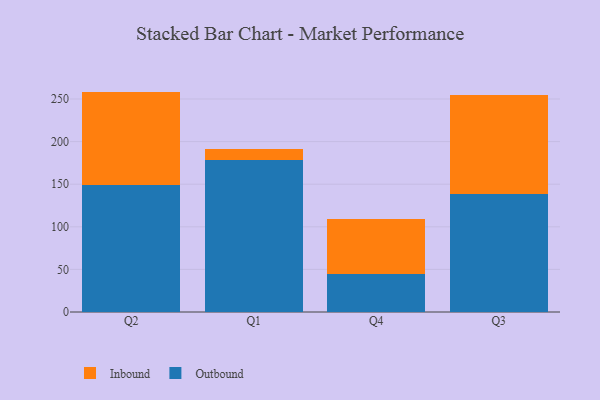
{"axis": {"x": "Quarter", "y": "LTV (USD)"}, "legend": ["Inbound", "Outbound"], "data": [{"x": "Q2", "y": 149.3, "type": "Outbound"}, {"x": "Q2", "y": 109.4, "type": "Inbound"}, {"x": "Q1", "y": 179.0, "type": "Outbound"}, {"x": "Q1", "y": 12.7, "type": "Inbound"}, {"x": "Q4", "y": 44.2, "type": "Outbound"}, {"x": "Q4", "y": 64.9, "type": "Inbound"}, {"x": "Q3", "y": 138.3, "type": "Outbound"}, {"x": "Q3", "y": 116.7, "type": "Inbound"}]}